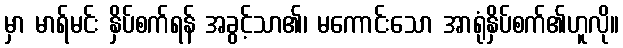
မှာ မာရ်မင်း နှိပ်စက်ရန် အခွင့်သာ၏၊ မကောင်းသော အာရုံနှိပ်စက်၏ဟူလို။